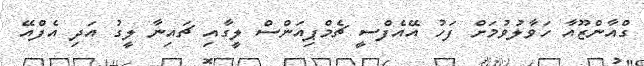
ގްއާންޒޫއާ ހަވާލުވުމަށް ފަހު އޭއެފްސީ ޗެމްޕިއަންސް ލީގާއި ޗައިނާ ލީގު އަދި އެފްއޭ